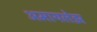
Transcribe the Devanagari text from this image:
अमायलेझ